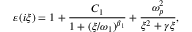
\varepsilon ( i \xi ) = 1 + \frac { C _ { 1 } } { 1 + ( \xi / \omega _ { 1 } ) ^ { \beta _ { 1 } } } + \frac { \omega _ { p } ^ { 2 } } { \xi ^ { 2 } + \gamma \xi } ,